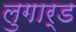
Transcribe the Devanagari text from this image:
लुगार्ड